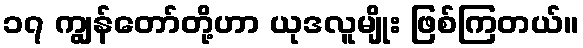
၁၇ ကျွန်တော်တို့ဟာ ယုဒလူမျိုး ဖြစ်ကြတယ်။